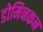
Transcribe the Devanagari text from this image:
डोमिनकन